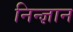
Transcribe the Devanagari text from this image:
निन्ज्ञान